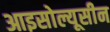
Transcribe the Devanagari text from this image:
आइसोल्यूसीन